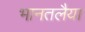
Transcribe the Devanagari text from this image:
भानतलैया